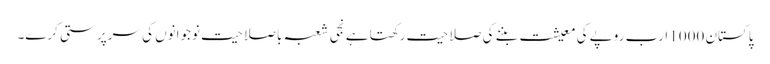
پاکستان 1000 ارب روپے کی معیشت بننے کی صلاحیت رکھتا ہے نجی شعبہ باصلاحیت نوجوانوں کی سرپرستی کرے۔